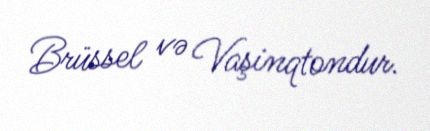
Brüssel və Vaşinqtondur.